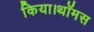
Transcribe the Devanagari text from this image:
किया।थॉमस